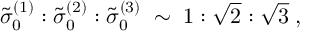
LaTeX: \tilde { \sigma } _ { 0 } ^ { ( 1 ) } : \tilde { \sigma } _ { 0 } ^ { ( 2 ) } : \tilde { \sigma } _ { 0 } ^ { ( 3 ) } \; \sim \; 1 : \sqrt { 2 } : \sqrt { 3 } \; ,